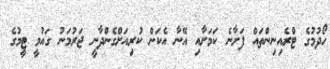
ހޯދުމުގެ ޓްރެއިނިންތައް ފަށާނެ ކަމަށާއި އޭނާ އެކަން ކުރިއަށްގެންދާނީ ޖަރުމަނު ގައުމީ ޓީމުގެ